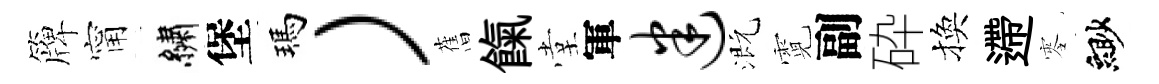
簰甯繡堡瑪）𦾔餼堂軍迷溉霓副砕換遰零緲